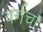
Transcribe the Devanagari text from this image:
वर्गचा